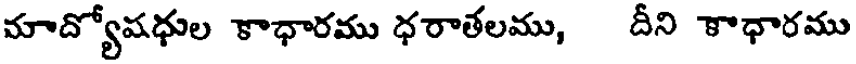
మాద్యోషధుల కాధారము ధరాతలము, దీని కాధారము